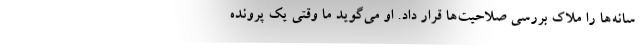
سانه‌ها را ملاک بررسی صلاحیت‌ها قرار داد. او می‌گوید ما وقتی یک پرونده